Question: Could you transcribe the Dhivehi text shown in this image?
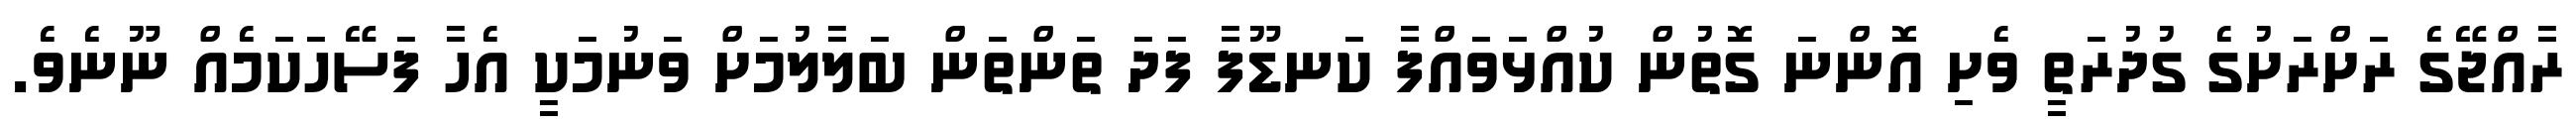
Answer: ރާއްޖޭގެ ރަށްރަށުގެ ގުދުރަތީ ވެށި އޮންނަ ގޮތުން ކުއްޅަވައްފާ ކަނޑޫފާ ފަދަ ތަންތަން ބަލާލުމަށް ވަނުމަކީ އެހާ ފަސޭހަކަމެއް ނޫނެވެ.